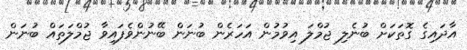
އާދައިގެ ގޮތަކަށް ބުނެލި ޖުމްލަ އިވުމުން އަހަރެން ބުނަން ބޭނުންވެފައިވާ ޖުމްލަތައް ބުނަން